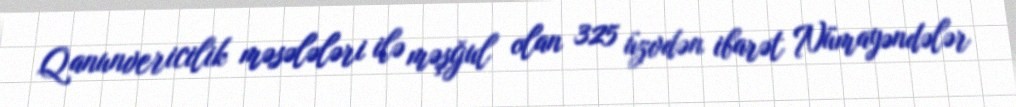
Qanunvericilik məsələləri ilə məşğul olan 325 üzvdən ibarət Nümayəndələr